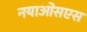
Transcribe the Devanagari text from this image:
नयाओसएस